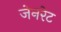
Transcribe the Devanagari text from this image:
जेनरेट